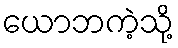
ယောဘကဲ့သို့